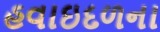
હવાઇદળના